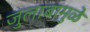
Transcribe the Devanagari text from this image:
जुलाबामुळे